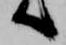
へ